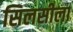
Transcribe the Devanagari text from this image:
सिलसीला